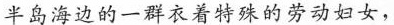
半岛海边的一群衣着特殊的劳动妇女，